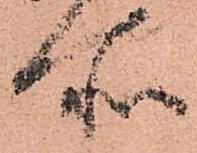
所